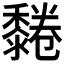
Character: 𪐂